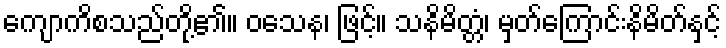
ကျောကိစသည်တို့၏။ ဝသေန၊ ဖြင့်။ သနိမိတ္တံ၊ မှတ်ကြောင်းနိမိတ်နှင့်